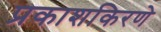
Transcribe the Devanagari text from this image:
प्रकाशकिरणे